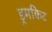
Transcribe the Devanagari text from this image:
ड्रमकिट